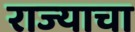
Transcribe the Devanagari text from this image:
राज्‍याचा